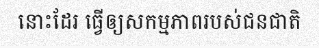
នោះដែរ ធ្វើឲ្យសកម្មភាពរបស់ជនជាតិ